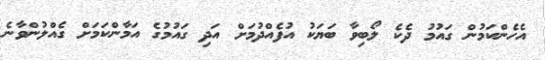
އެހެންކަމުން ގައުމު ދެކެ ލޯބިވާ ބަޔަކު އުފެއްދުމަށް އަދި ގައުމުގެ އަމާންކަމަށް ގެއްލުންވާނެ